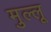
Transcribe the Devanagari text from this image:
मुल्लू